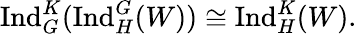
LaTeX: {\mathrm{Ind}}_{G}^{K}({\mathrm{Ind}}_{H}^{G}(W))\cong{\mathrm{Ind}}_{H}^{K}(W).